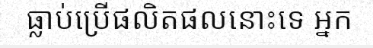
ធ្លាប់ប្រើផលិតផលនោះទេ អ្នក